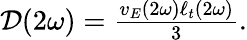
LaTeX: \begin{array}{r}{\mathcal{D}(2\omega)=\frac{v_{E}(2\omega)\ell_{t}(2\omega)}{3}.}\end{array}